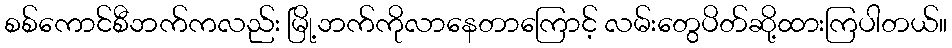
စစ်ကောင်စီဘက်ကလည်း မြို့ဘက်ကိုလာနေတာကြောင့် လမ်းတွေပိတ်ဆို့ထားကြပါတယ်။